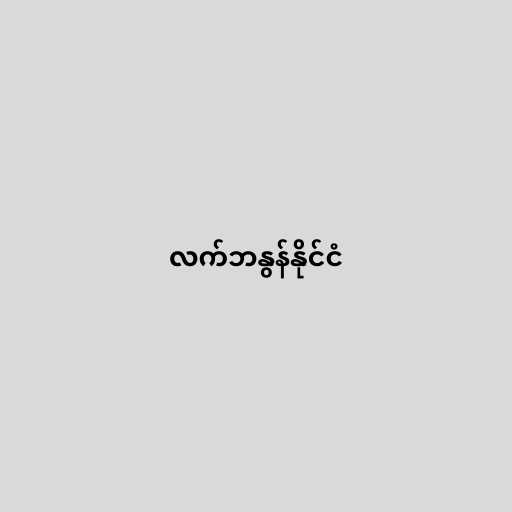
လက်ဘနွန်နိုင်ငံ